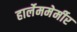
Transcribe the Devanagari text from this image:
हार्लेममेर्मीर